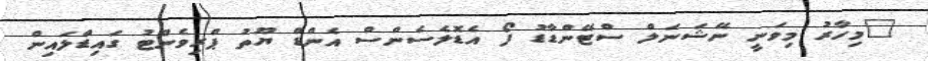
"މިހާރު މިވަނީ ނޭޝަނަލް ސްޓޭންޑާޑު ފޯ އެޑޮލެސެންސް އެންޑް ޔޫތު ޕްރިވެންޓު ގައިޑްލައިން